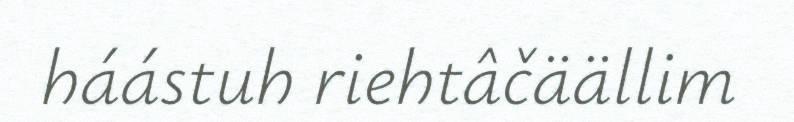
háástuh riehtâčäällim